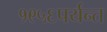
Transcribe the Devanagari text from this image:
१९५६पर्यन्त